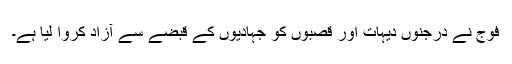
فوج نے درجنوں دیہات اور قصبوں کو جہادیوں کے قبضے سے آزاد کروا لیا ہے۔